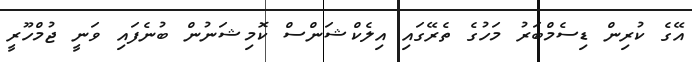
އޭގެ ކުރިން ޑިސެމްބަރު މަހުގެ ތެރޭގައި އިލެކްޝަންސް ކޮމިޝަނުން ބުނެފައި ވަނީ ޖުމްހޫރީ